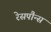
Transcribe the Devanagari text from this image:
रेसपौन्स